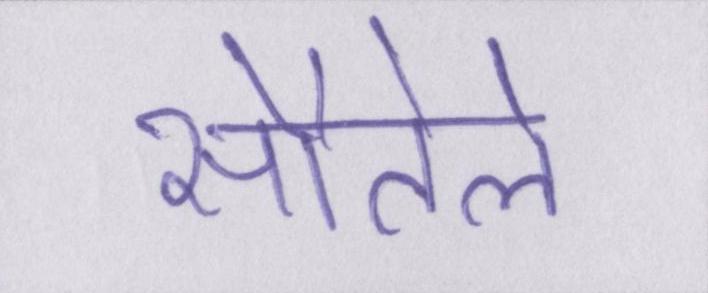
सौतेले